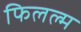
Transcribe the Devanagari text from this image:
फिलल्म